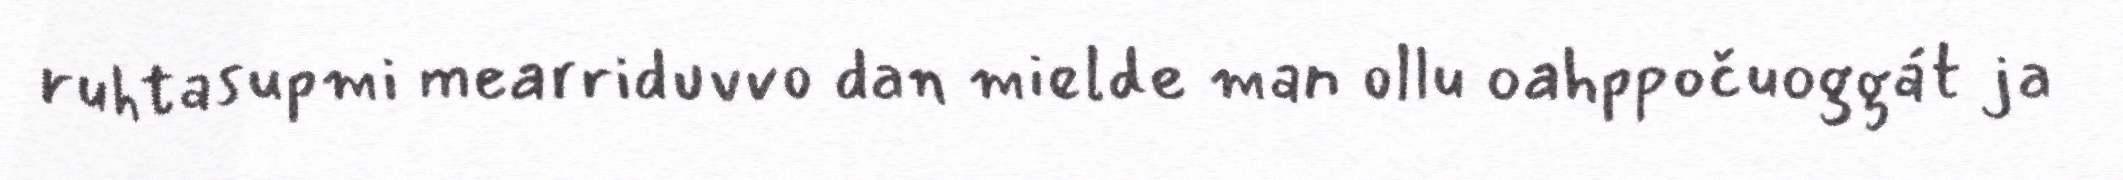
ruhtasupmi mearriduvvo dan mielde man ollu oahppočuoggát ja